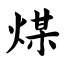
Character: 煤